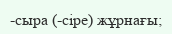
-сыра (-сіре) жұрнағы;